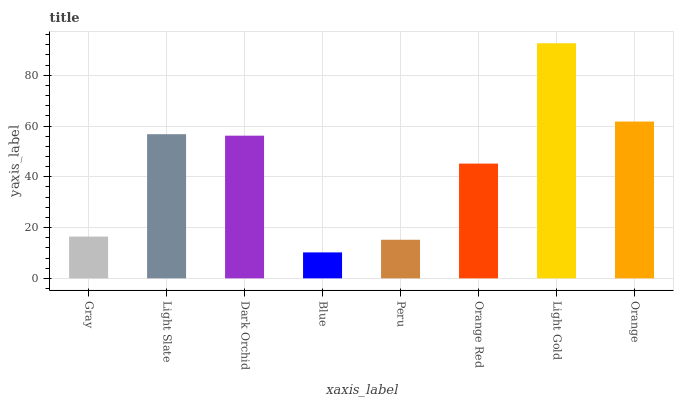
| xaxis_label | bars |
 | --- | --- |
 | Gray | 16.5 |
 | Light Slate | 56.8 |
 | Dark Orchid | 56.2 |
 | Blue | 10.2 |
 | Peru | 15.2 |
 | Orange Red | 45.2 |
 | Light Gold | 92.6 |
 | Orange | 61.8 |